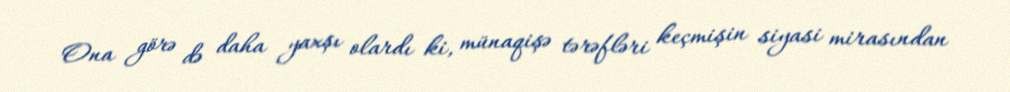
Ona görə də daha yaxşı olardı ki, münaqişə tərəfləri keçmişin siyasi mirasından